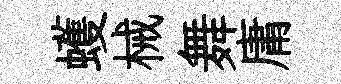
蠖械舞庸